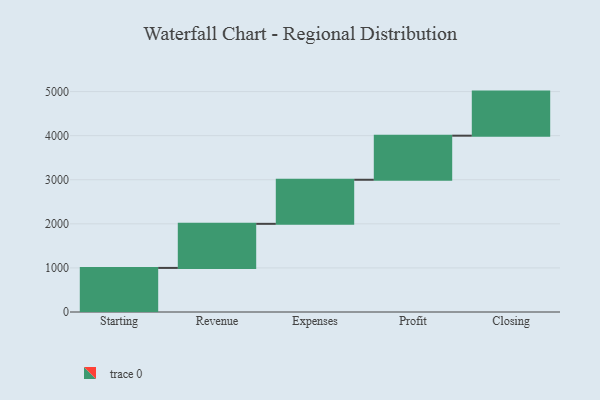
{"axis": {"x": "Step", "y": "Value"}, "legend": [""], "data": [{"x": "Starting", "y": 1000, "type": ""}, {"x": "Revenue", "y": 1000, "type": ""}, {"x": "Expenses", "y": 1000, "type": ""}, {"x": "Profit", "y": 1000, "type": ""}, {"x": "Closing", "y": 1000, "type": ""}]}